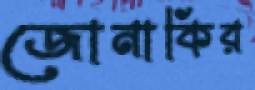
জোনাকির